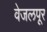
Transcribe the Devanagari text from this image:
वेजलपूर